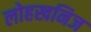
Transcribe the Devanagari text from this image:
लोहखनिज